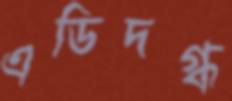
এডিদগ্ধ